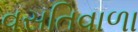
વસતિવાળા